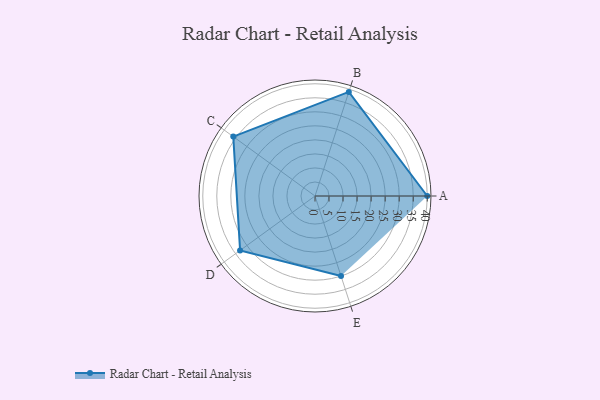
{"axis": {"x": "Skill", "y": "Score"}, "legend": ["Profile"], "data": [{"x": "A", "y": 40.0, "type": "Profile"}, {"x": "B", "y": 39.0, "type": "Profile"}, {"x": "C", "y": 36.0, "type": "Profile"}, {"x": "D", "y": 33.0, "type": "Profile"}, {"x": "E", "y": 30.0, "type": "Profile"}]}